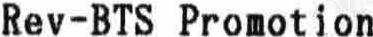
REV-BTS PROMOTION